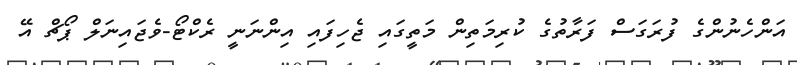
އަންހެނުންގެ ފުރަގަސް ފަރާތުގެ ކުރިމަތިން މަތީގައި ޖެހިފައި އިންނަނީ ރެކްޓޯ-ވެޖައިނަލް ޕޯޗް އޭ